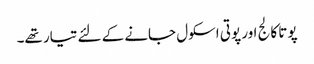
پوتا کالج اور پوتی اسکول جانے کے لئے تیار تھے۔